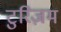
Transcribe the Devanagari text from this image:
टुरिज़म